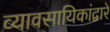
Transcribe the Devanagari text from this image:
व्यावसायिकांद्वारे